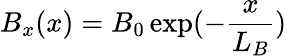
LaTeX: B_{x}(x)=B_{0}\exp(-\frac{x}{L_{B}})